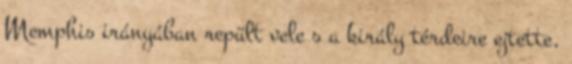
Memphis irányában repült vele s a király térdeire ejtette,